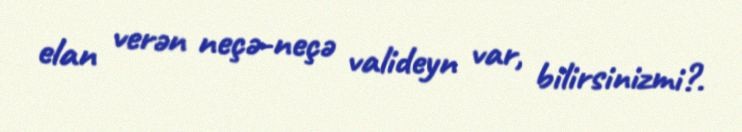
elan verən neçə-neçə valideyn var, bilirsinizmi?.